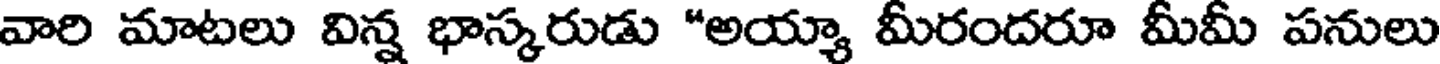
వారి మాటలు విన్న భాస్కరుడు "అయ్యా మీరందరూ మీమీ పనులు